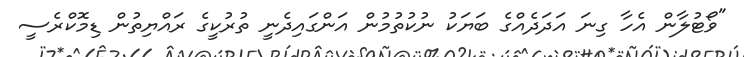
"ވޯޓުލާން އެހާ ގިނަ އަދަދެއްގެ ބަޔަކު ނުކުތުމުން އަންގައިދެނީ ތުރުކީގެ ރައްޔިތުން ޑިމޮކްރެސީ